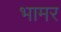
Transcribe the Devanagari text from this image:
भामर